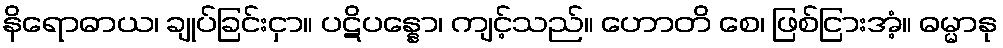
နိရောဓာယ၊ ချုပ်ခြင်းငှာ။ ပဋိပန္နော၊ ကျင့်သည်။ ဟောတိ စေ၊ ဖြစ်ငြားအံ့။ ဓမ္မာနု